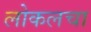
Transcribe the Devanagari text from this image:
लोकलचा